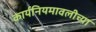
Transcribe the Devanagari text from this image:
कार्यनियमावलीच्या